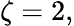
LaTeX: \zeta=2,